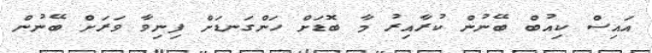
އައިސް ކިއުބް ބޭނުން ކުރާއިރު މާ ބޮޑަށް ހަންގަނޑަށް ފިނިވާ ވަރަށް ބޭނުން